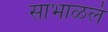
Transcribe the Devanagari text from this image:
साभाळलं